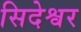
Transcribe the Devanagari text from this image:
सिदेश्वर